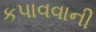
કપાવવાની